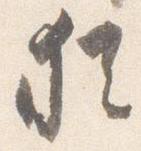
猶